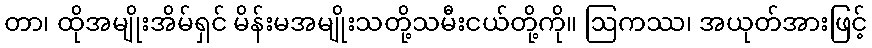
တာ၊ ထိုအမျိုးအိမ်ရှင် မိန်းမအမျိုးသတို့သမီးငယ်တို့ကို။ ဩကဿ၊ အယုတ်အားဖြင့်